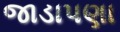
જાડાપણા